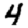
Digit: 4